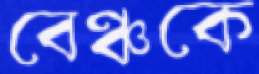
বেঞ্চকে